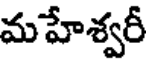
మహేశ్వరీ